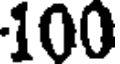
100